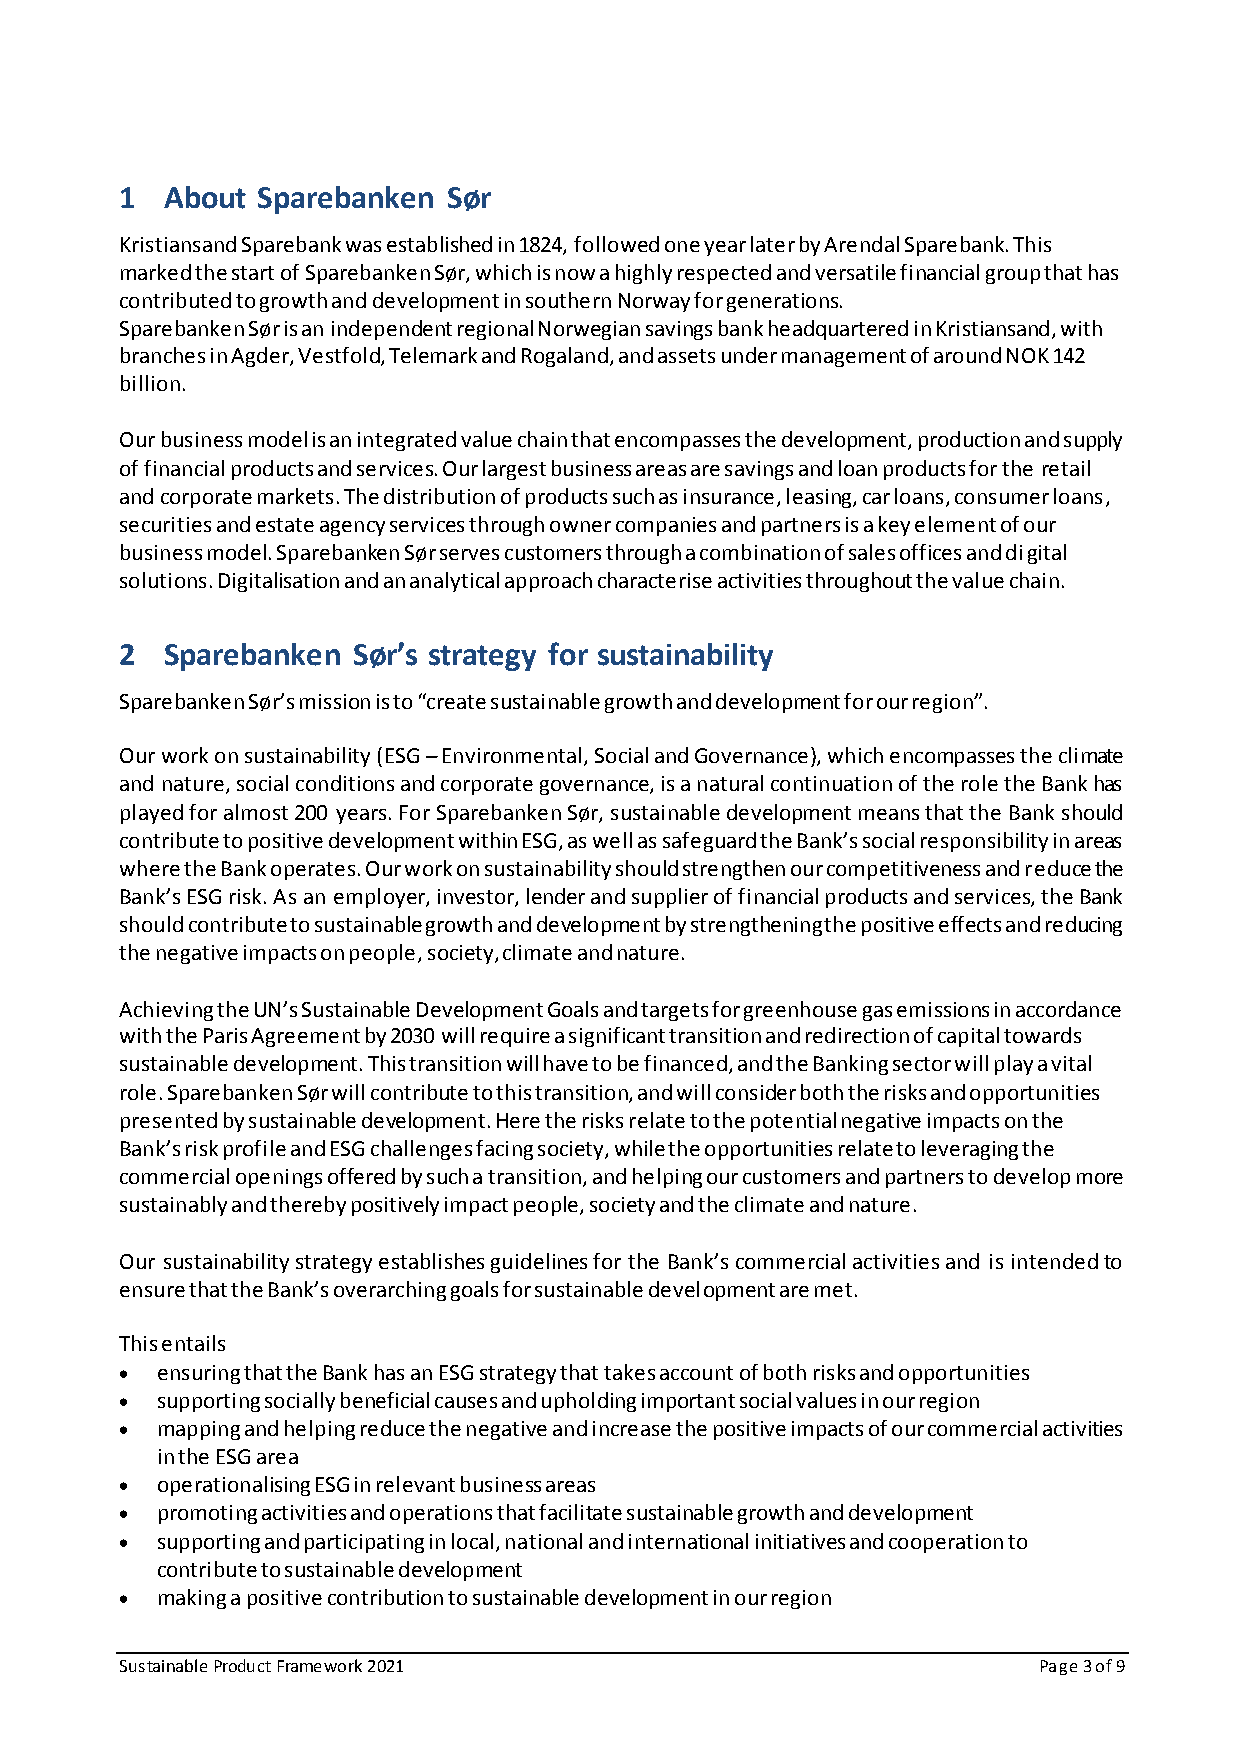
1  About Sparebanken  Sør
 Kristiansand Sparebank was established in 1824, followed one year later by Arendal Sparebank. This
 marked the start of Sparebanken Sør, which is now a highly respected and versatile financial group that has
 contributed to growth and development in southern Norway for generations.
 Sparebanken Sør is an independent regional Norwegian savings bank headquartered in Kristiansand, with
 branches in Agder, Vestfold, Telemark and Rogaland, and assets under management of around NOK 142
 billion.
 Our business model is an integrated value chain that encompasses the development, production and supply
 of financial products and services. Our largest business areas are savings and loan products for the retail
 and corporate markets. The distribution of products such as insurance, leasing, car loans, consumer loans,
 securities and estate agency services through owner companies and partners is a key element of our
 business model. Sparebanken Sør serves customers through a combination of sales offices and digital
 solutions. Digitalisation and an analytical approach characterise activities throughout the value chain.
 2  Sparebanken Sør’s strategy for sustainability
 Sparebanken Sør’s mission is to “create sustainable growth and development for our region”.
 Our work on sustainability (ESG – Environmental, Social and Governance), which encompasses the climate
 and nature, social conditions and corporate governance, is a natural continuation of the role the Bank has
 played for almost 200 years. For Sparebanken Sør, sustainable development means that the Bank should
 contribute to positive development within ESG, as well as safeguard the Bank’s social responsibility in areas
 where the Bank operates. Our work on sustainability should strengthen our competitiveness and reduce the
 Bank’s ESG risk. As an employer, investor, lender and supplier of financial products and services, the Bank
 should contribute to sustainable growth and development by strengthening the positive effects and reducing
 the negative impacts on people, society, climate and nature.
 Achieving the UN’s Sustainable Development Goals and targets for greenhouse gas emissions in accordance
 with the Paris Agreement by 2030 will require a significant transition and redirection of capital towards
 sustainable development. This transition will have to be financed, and the Banking sector will play a vital
 role. Sparebanken Sør will contribute to this transition, and will consider both the risks and opportunities
 presented by sustainable development. Here the risks relate to the potential negative impacts on the
 Bank’s risk profile and ESG challenges facing society, while the opportunities relate to leveraging the
 commercial openings offered by such a transition, and helping our customers and partners to develop more
 sustainably and thereby positively impact people, society and the climate and nature.
 Our sustainability strategy establishes guidelines for the Bank’s commercial activities and is intended to
 ensure that the Bank’s overarching goals for sustainable development are met.
 This entails
  ensuring that the Bank has an ESG strategy that takes account of both risks and opportunities
  supporting socially beneficial causes and upholding important social values in our region
  mapping and helping reduce the negative and increase the positive impacts of our commercial activities
 in the ESG area
  operationalising ESG in relevant business areas
  promoting activities and operations that facilitate sustainable growth and development
  supporting and participating in local, national and international initiatives and cooperation to
 contribute to sustainable development
  making a positive contribution to sustainable development in our region
 Sustainable Product Framework 2021                           Page 3 of 9